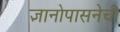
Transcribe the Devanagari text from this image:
ज्ञानोपासनेची